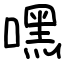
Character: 嘿